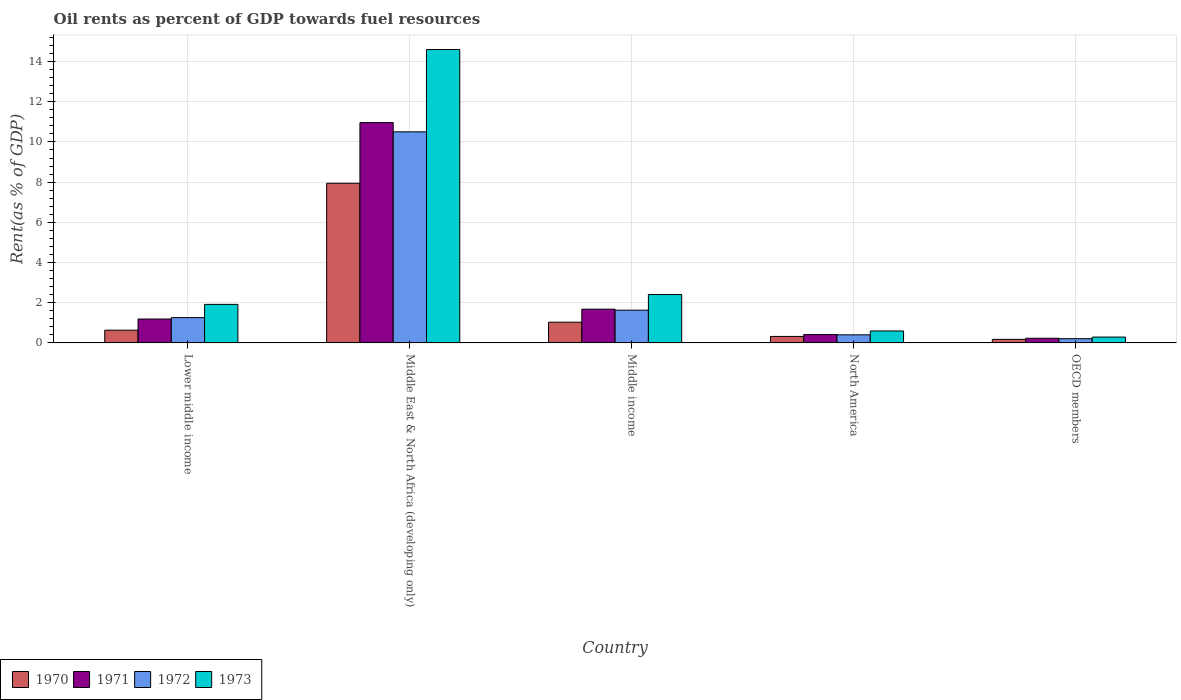
| Country | 1970 | 1971 | 1972 | 1973 |
 | --- | --- | --- | --- | --- |
 | Lower middle income | 0.635 | 1.19 | 1.26 | 1.92 |
 | Middle East & North Africa (developing only) | 7.94 | 11 | 10.5 | 14.6 |
 | Middle income | 1.03 | 1.68 | 1.63 | 2.41 |
 | North America | 0.324 | 0.417 | 0.402 | 0.595 |
 | OECD members | 0.178 | 0.233 | 0.212 | 0.292 |